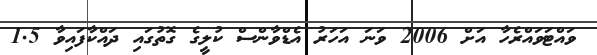
ވައްޓަވައްރެހާ އަށް 2006 ވަނަ އަހަރު އެޑްވާންސް ކުލީގެ ގޮތުގައި ދައްކާފައިވާ 1.5